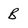
Character: B